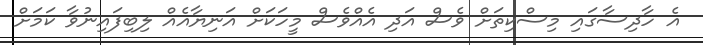
އެ ހާދިސާގައި މިސްކިތަށް ވެސް އަދި އެއްވެސް މީހަކަށް އަނިޔާއެއް ލިބިފައިނުވާ ކަމަށް